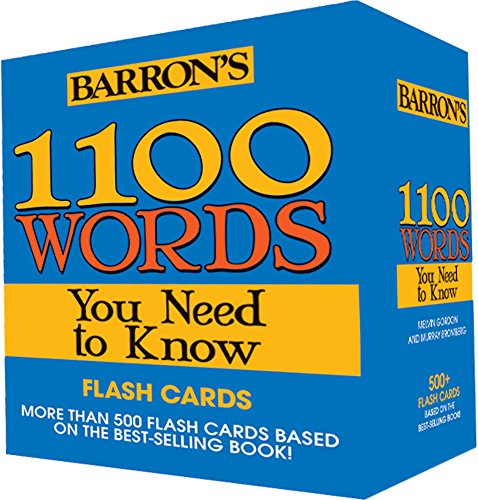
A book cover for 1100 Words You Need to Know Flashcards; Melvin Gordon; Reference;